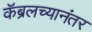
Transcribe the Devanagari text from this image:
कॅब्रलच्यानंतर